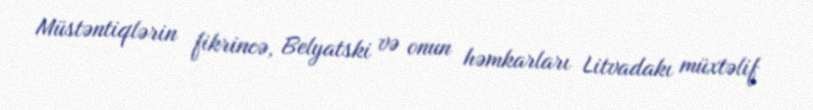
Müstəntiqlərin fikrincə, Belyatski və onun həmkarları Litvadakı müxtəlif